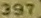
397